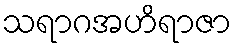
သရာဂအဟိရာဇာ